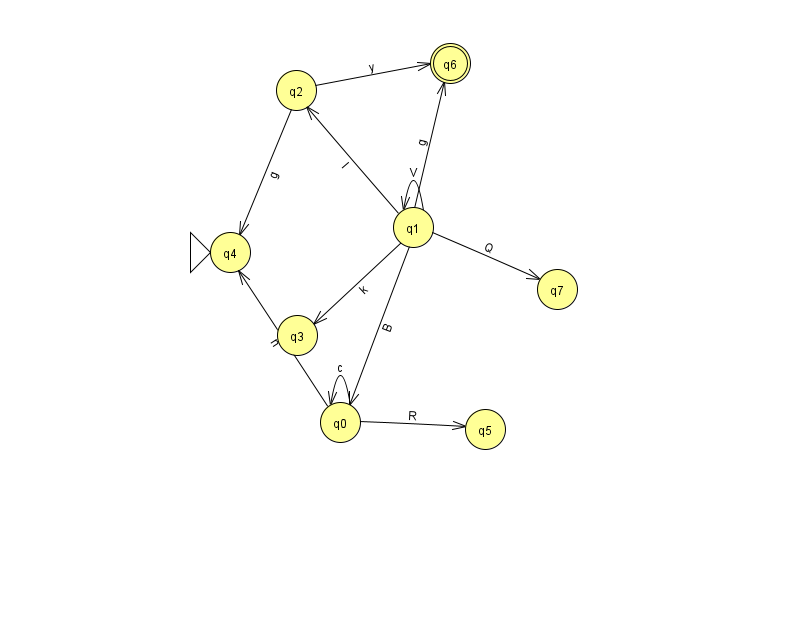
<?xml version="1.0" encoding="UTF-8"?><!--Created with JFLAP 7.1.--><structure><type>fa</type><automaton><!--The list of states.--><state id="0" name="q0"><x>340.0</x><y>409.0</y></state><state id="1" name="q1"><x>413.0</x><y>214.0</y></state><state id="2" name="q2"><x>296.0</x><y>77.0</y></state><state id="3" name="q3"><x>297.0</x><y>322.0</y></state><state id="4" name="q4"><x>230.0</x><y>239.0</y><initial/></state><state id="5" name="q5"><x>485.0</x><y>416.0</y></state><state id="6" name="q6"><x>450.0</x><y>50.0</y><final/></state><state id="7" name="q7"><x>557.0</x><y>276.0</y></state><!--The list of transitions.--><transition><from>2</from><to>4</to><read>g</read></transition><transition><from>0</from><to>4</to><read>n</read></transition><transition><from>1</from><to>2</to><read>l</read></transition><transition><from>0</from><to>0</to><read>c</read></transition><transition><from>0</from><to>5</to><read>R</read></transition><transition><from>1</from><to>1</to><read>V</read></transition><transition><from>1</from><to>0</to><read>B</read></transition><transition><from>1</from><to>7</to><read>Q</read></transition><transition><from>1</from><to>3</to><read>k</read></transition><transition><from>1</from><to>6</to><read>g</read></transition><transition><from>2</from><to>6</to><read>y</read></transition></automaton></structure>